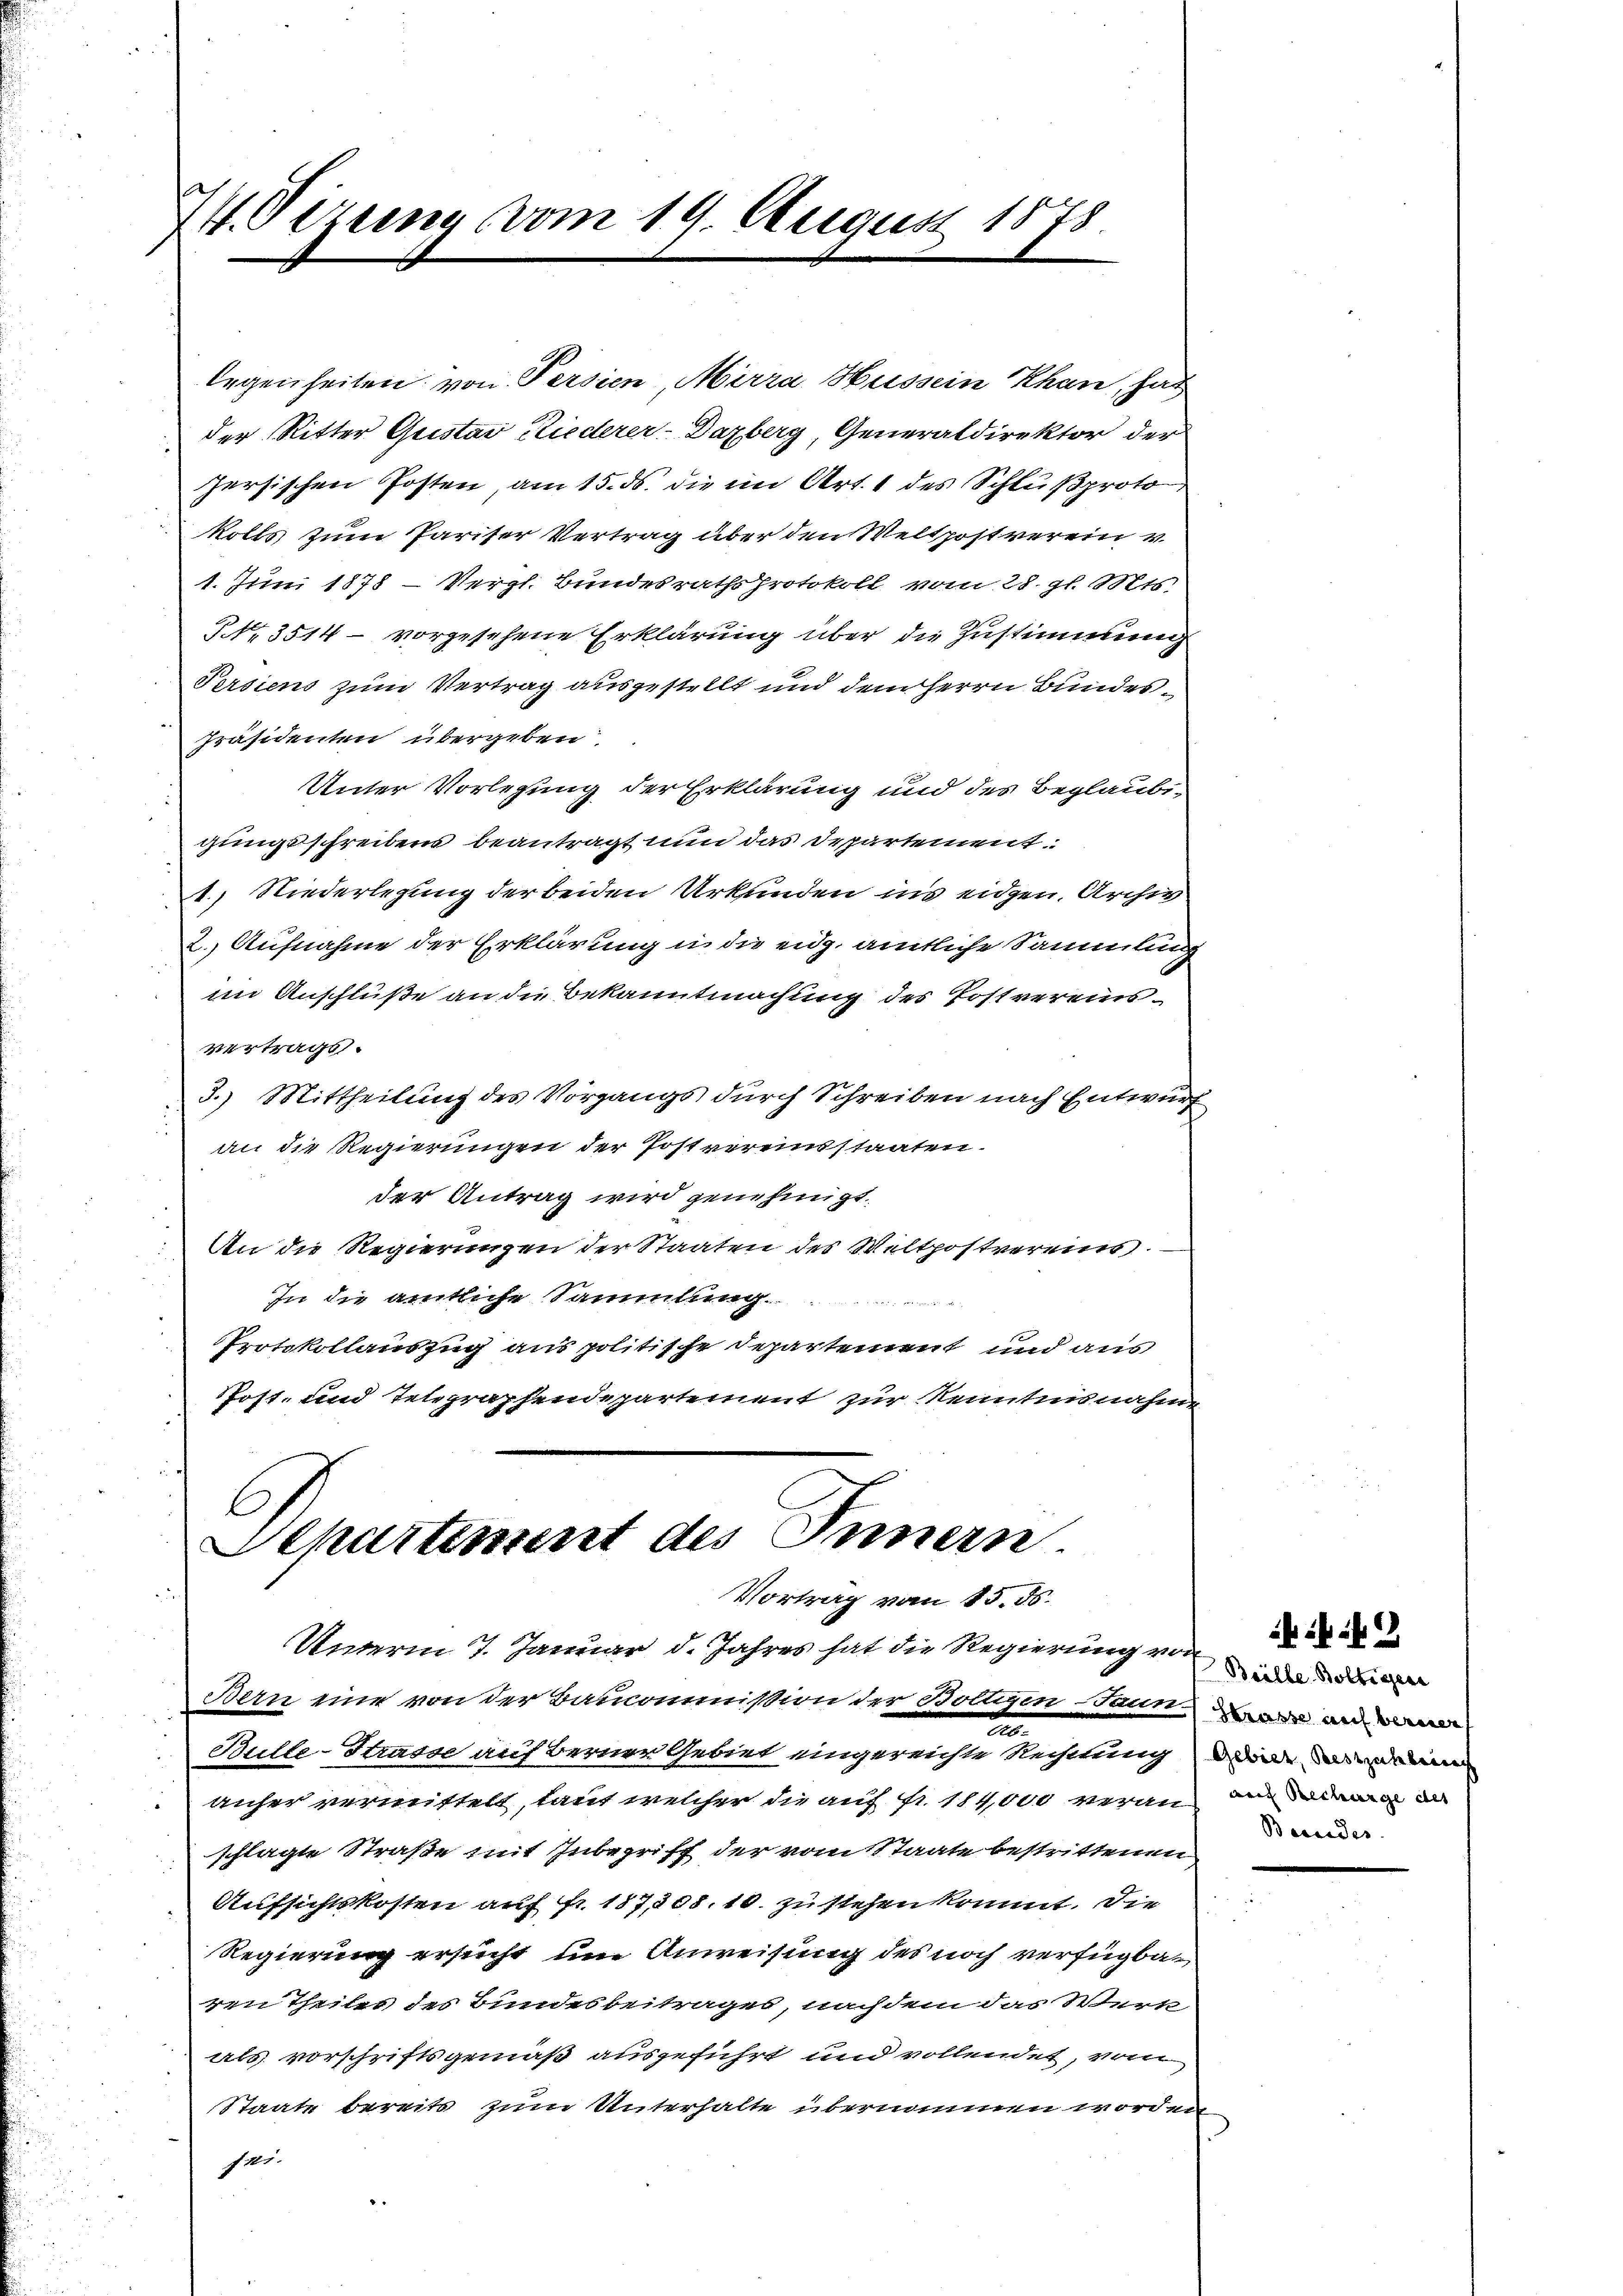
44 Sizung vom 19. August 1878.

legenheiten von Persien, Merra Hussein Khan, hat
der Ritter Quistav Riederer-Dazberg, Generaldirektor der
zersischen Posten, am 15. ds. die im Art. 1 des Schlußproto
kolls zum Pariser Vertrag über den Weltpost verein v
1. Juni 1878 – Vergl. Bundesrathsprotokoll vom 28. gl. Mts.
NNo. 3514 - vorgesehene Erklärung über die Zustimmung
Persiens zum Vertrag ausgestellt und dem Herrn Bundes¬
Präsidenten übergeben.
Unter Vorlegung der Erklärung und des Beglaubigungsschreiben beantragt nun das Departement
1.) Niederlegung der beiden Urkunden ins eidgen. Archiv
2. Aufnahme der Erklärung in die eidg. amtliche Sammlung
im Anschlüße an die Bekanntmachung des Postvereinsvertrags.
3.) Mittheilung des Vorgangs durch Schreiben nach Entwurf
an die Regierungen der Postvereinsstaaten.
der Antrag wird genehmigt.
An die Regierungen der Staaten des Weltpostvereins.
In die amtliche Sammlung
Protokollauszug aus politische Departement und aus
Post- und Telegraphendepartement zur Kenntnisnahme

C
Separtement des Innern.
Vortrag vom 15. ds.
Unterm 7. Januar d. Jahres hat die Regierung von

Bern eine von der Baucommißion der Bolligen Jaun war und dan
d
Bulle-Strasse auf Berner Gebiet eingereichte Rechnung, wie ein
anher vermittelt, laut welcher die auf fr. 114,000 veran an de
schlagte Straße mit Inbegriff der vom Staate bestrittenen,
Aufsichtskosten auf fr. 187, 308. 10. zu stehenkommt. Die
Regierung ersucht, um Anweisung des noch verfügbaren Theiles des Bundesbeitrages, nachdem das Werk
als vorschriftsgemäß ausgeführt und vollendet, vom
Staate bereits zum Unterhalte übernommen worden
sei.

Becedes